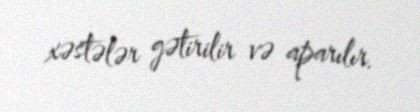
xəstələr gətirilir və aparılır.